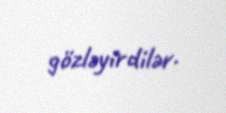
gözləyirdilər.